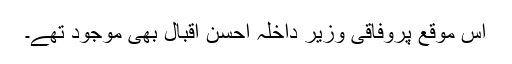
اس موقع پروفاقی وزیر داخلہ احسن اقبال بھی موجود تھے۔